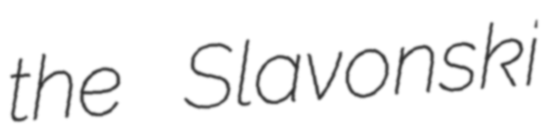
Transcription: the Slavonski